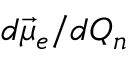
d \vec { \mu } _ { e } / d Q _ { n }